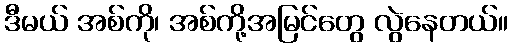
ဒီမယ် အစ်ကို၊ အစ်ကို့အမြင်တွေ လွဲနေတယ်။